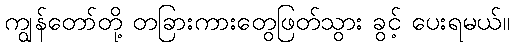
ကျွန်တော်တို့ တခြားကားတွေဖြတ်သွား ခွင့် ပေးရမယ်။